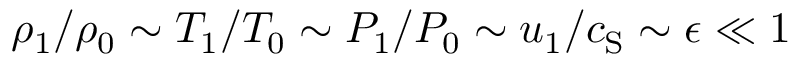
\rho _ { 1 } / \rho _ { 0 } \sim T _ { 1 } / T _ { 0 } \sim P _ { 1 } / P _ { 0 } \sim u _ { 1 } / c _ { \mathrm { S } } \sim \epsilon \ll 1